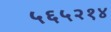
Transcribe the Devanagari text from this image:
५६५२१४